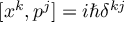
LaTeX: \mathbf { p } \rightarrow \mathbf { - p }